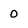
Character: 0